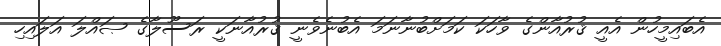
އެބައިމީހުން އެއީ ޤުރުއާންގެ ވާހަކަ ކަމަށްބުނާނަމަ އެބުނެވެނީ ޤުރުއާނަކީ ރަސޫލާގެ ޞައްލަ އަލައިހި